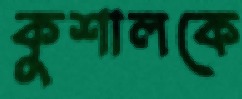
কুশালকে